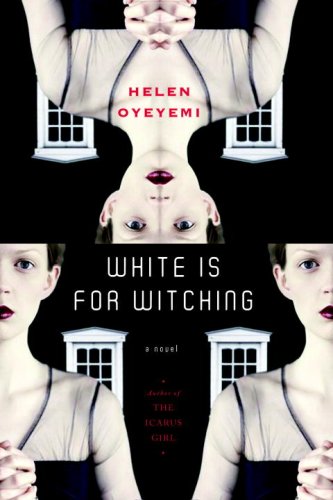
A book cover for White is for Witching: A Novel; Helen Oyeyemi; Literature & Fiction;